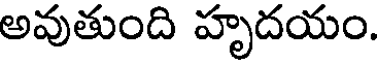
అవుతుంది హృదయం.